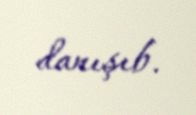
danışıb.